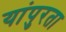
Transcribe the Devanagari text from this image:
यांपुरता